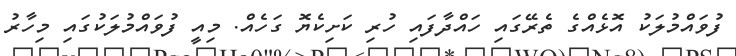
ފުވައްމުލަކު އޮޅެއްގެ ތެރޭގައި ހައްދާފައި ހުރި ކަށިކެޔޮ ގަހެއް. މިއީ ފުވައްމުލަކުގައި މިހާރު